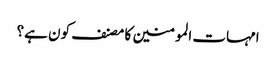
امہات المومنین کا مصنف کون ہے؟